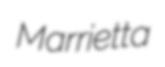
Marrietta